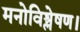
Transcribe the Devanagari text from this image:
मनोविश्लेषण।